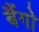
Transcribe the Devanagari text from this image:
बैंगो